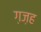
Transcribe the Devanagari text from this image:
ग़ज़ह